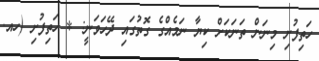
ހަތިފުށި މިނަން ތަނަކަށް ކިޔާ ނަމެއްގެ ގޮތުގައި ދޭހަވަނީ: * ހަތިފުށި (ހއ.